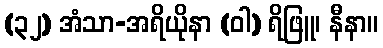
(၃၂) အံသာ-အရိယိုနာ (ဝါ) ရိဖြူ၊ နီနာ။